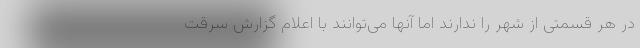
در هر قسمتی از شهر را ندارند اما آنها می‌توانند با اعلام گزارش سرقت